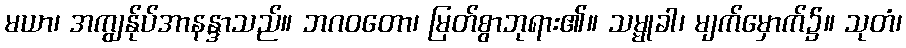
မယာ၊ အကျွန်ုပ်အာနန္ဒာသည်။ ဘဂဝတော၊ မြတ်စွာဘုရား၏။ သမ္မုခါ၊ မျက်မှောက်၌။ သုတံ၊